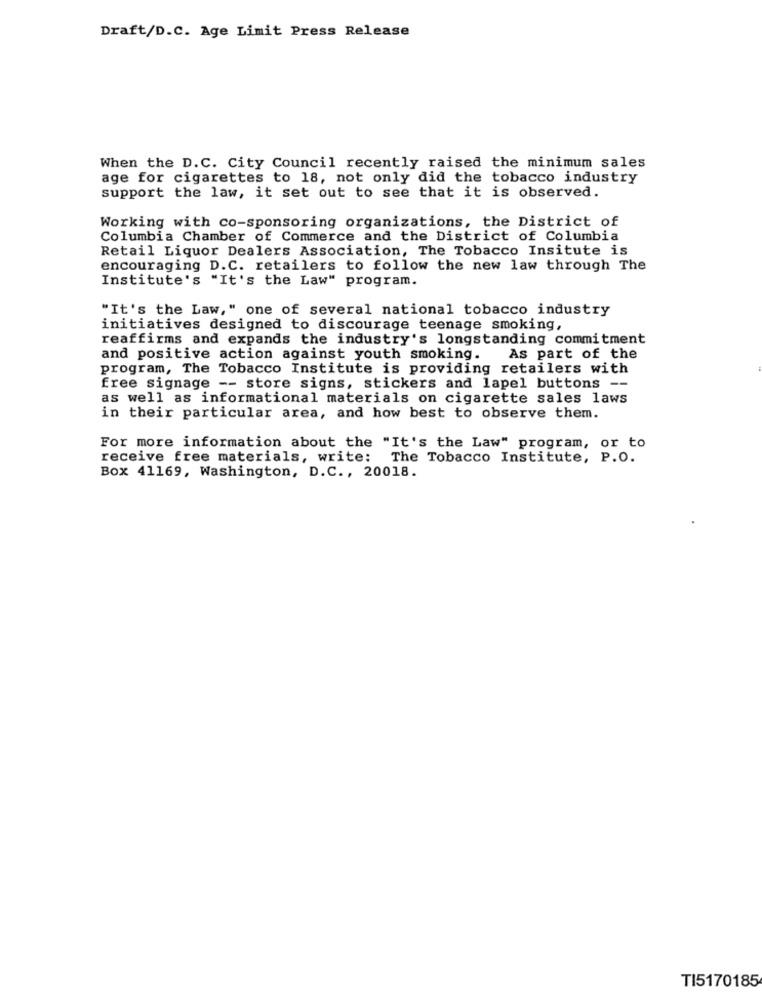
Draft/D.C. Age Limit Press Release
When the D.C. City Council recently raised the minimum sales
age for cigarettes to 18, not only did the tobacco industry
support the law, it set out to see that it is observed.
Working with co-sponsoring organizations, the District of
Columbia Chamber of Commerce and the District of Columbia
Retail Liquor Dealers Association, The Tobacco Insitute is
encouraging D.C. retailers to follow the new law through The
Institute's "It's the Law" program.
"It's the Law," one of several national tobacco industry
initiatives designed to discourage teenage smoking,
reaffirms and expands the industry's longstanding commitment
and positive action against youth smoking.
As part of the
program, The Tobacco Institute is providing retailers with
free signage -- store signs, stickers and lapel buttons --
as well as informational materials on cigarette sales laws
in their particular area, and how best to observe them.
For more information about the "It's the Law" program, or to
receive free materials, write:
The Tobacco Institute, P.O.
Box 41169, Washington, D.C ., 20018.
TI5170185